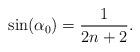
LaTeX: \begin{align*}\sin(\alpha_0)=\frac{1}{2n+2}.\end{align*}